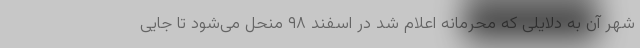
شهر آن به دلایلی که محرمانه اعلام شد در اسفند ۹۸ منحل می‌شود تا جایی